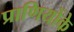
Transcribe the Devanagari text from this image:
प्राणियोंके